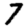
Digit: 7